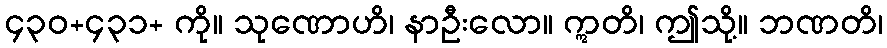
၄၃၀+၄၃၁+ ကို။ သုဏောဟိ၊ နာဦးလော။ ဣတိ၊ ဤသို့။ ဘဏတိ၊